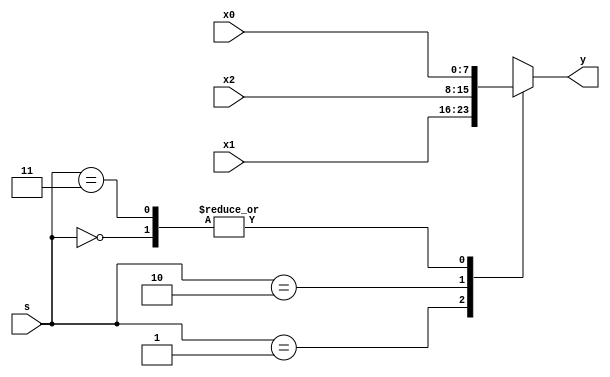
module mux3 #(parameter WIDTH=8) (
    input [WIDTH-1:0] x0,x1,x2,
    input [1:0] s,
    output reg [WIDTH-1:0] y
);
    always @(*) begin
        case(s)
            2'b00: y = x0;
            2'b01: y = x1;
            2'b10: y = x2;
            2'b11: y = x0; //
        endcase
    end
endmodule